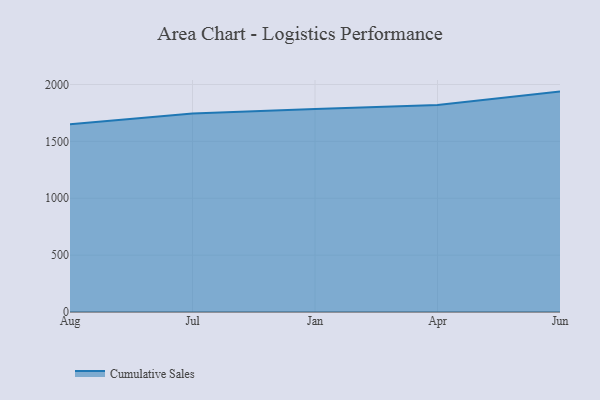
{"axis": {"x": "Month", "y": "Conversion Rate (%)"}, "legend": ["Cumulative Sales"], "data": [{"x": "Aug", "y": 1649.5, "type": "Cumulative Sales"}, {"x": "Jul", "y": 1745.6, "type": "Cumulative Sales"}, {"x": "Jan", "y": 1784.7, "type": "Cumulative Sales"}, {"x": "Apr", "y": 1820.6, "type": "Cumulative Sales"}, {"x": "Jun", "y": 1937.6, "type": "Cumulative Sales"}]}